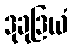
ဒုခုဒြယံ